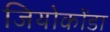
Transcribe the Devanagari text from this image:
जियोकोंडा